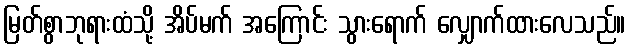
မြတ်စွာဘုရားထံသို့ အိပ်မက် အကြောင်း သွားရောက် လျှောက်ထားလေသည်။